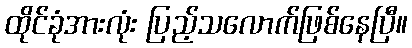
ထိုင်ခုံအားလုံး ပြည့်သလောက်ဖြစ်နေပြီ။